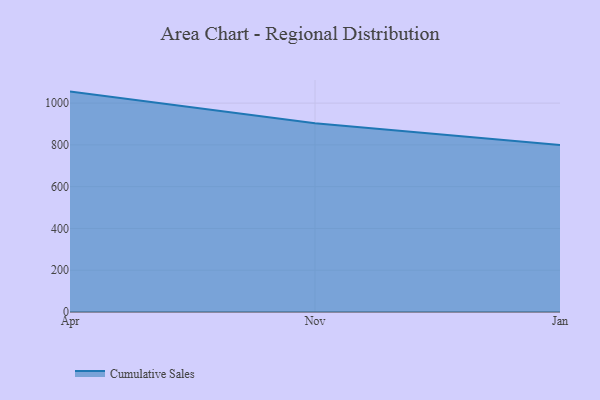
{"axis": {"x": "Month", "y": "Energy Usage (MWh)"}, "legend": ["Cumulative Sales"], "data": [{"x": "Apr", "y": 1055.1, "type": "Cumulative Sales"}, {"x": "Nov", "y": 904.0, "type": "Cumulative Sales"}, {"x": "Jan", "y": 800, "type": "Cumulative Sales"}]}